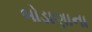
બોડાણાના